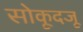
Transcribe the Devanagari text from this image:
सोकूदजू